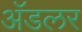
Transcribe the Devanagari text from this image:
अॅडलर